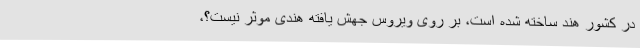
در کشور هند ساخته شده است، بر روی ویروس جهش یافته هندی موثر نیست؟،